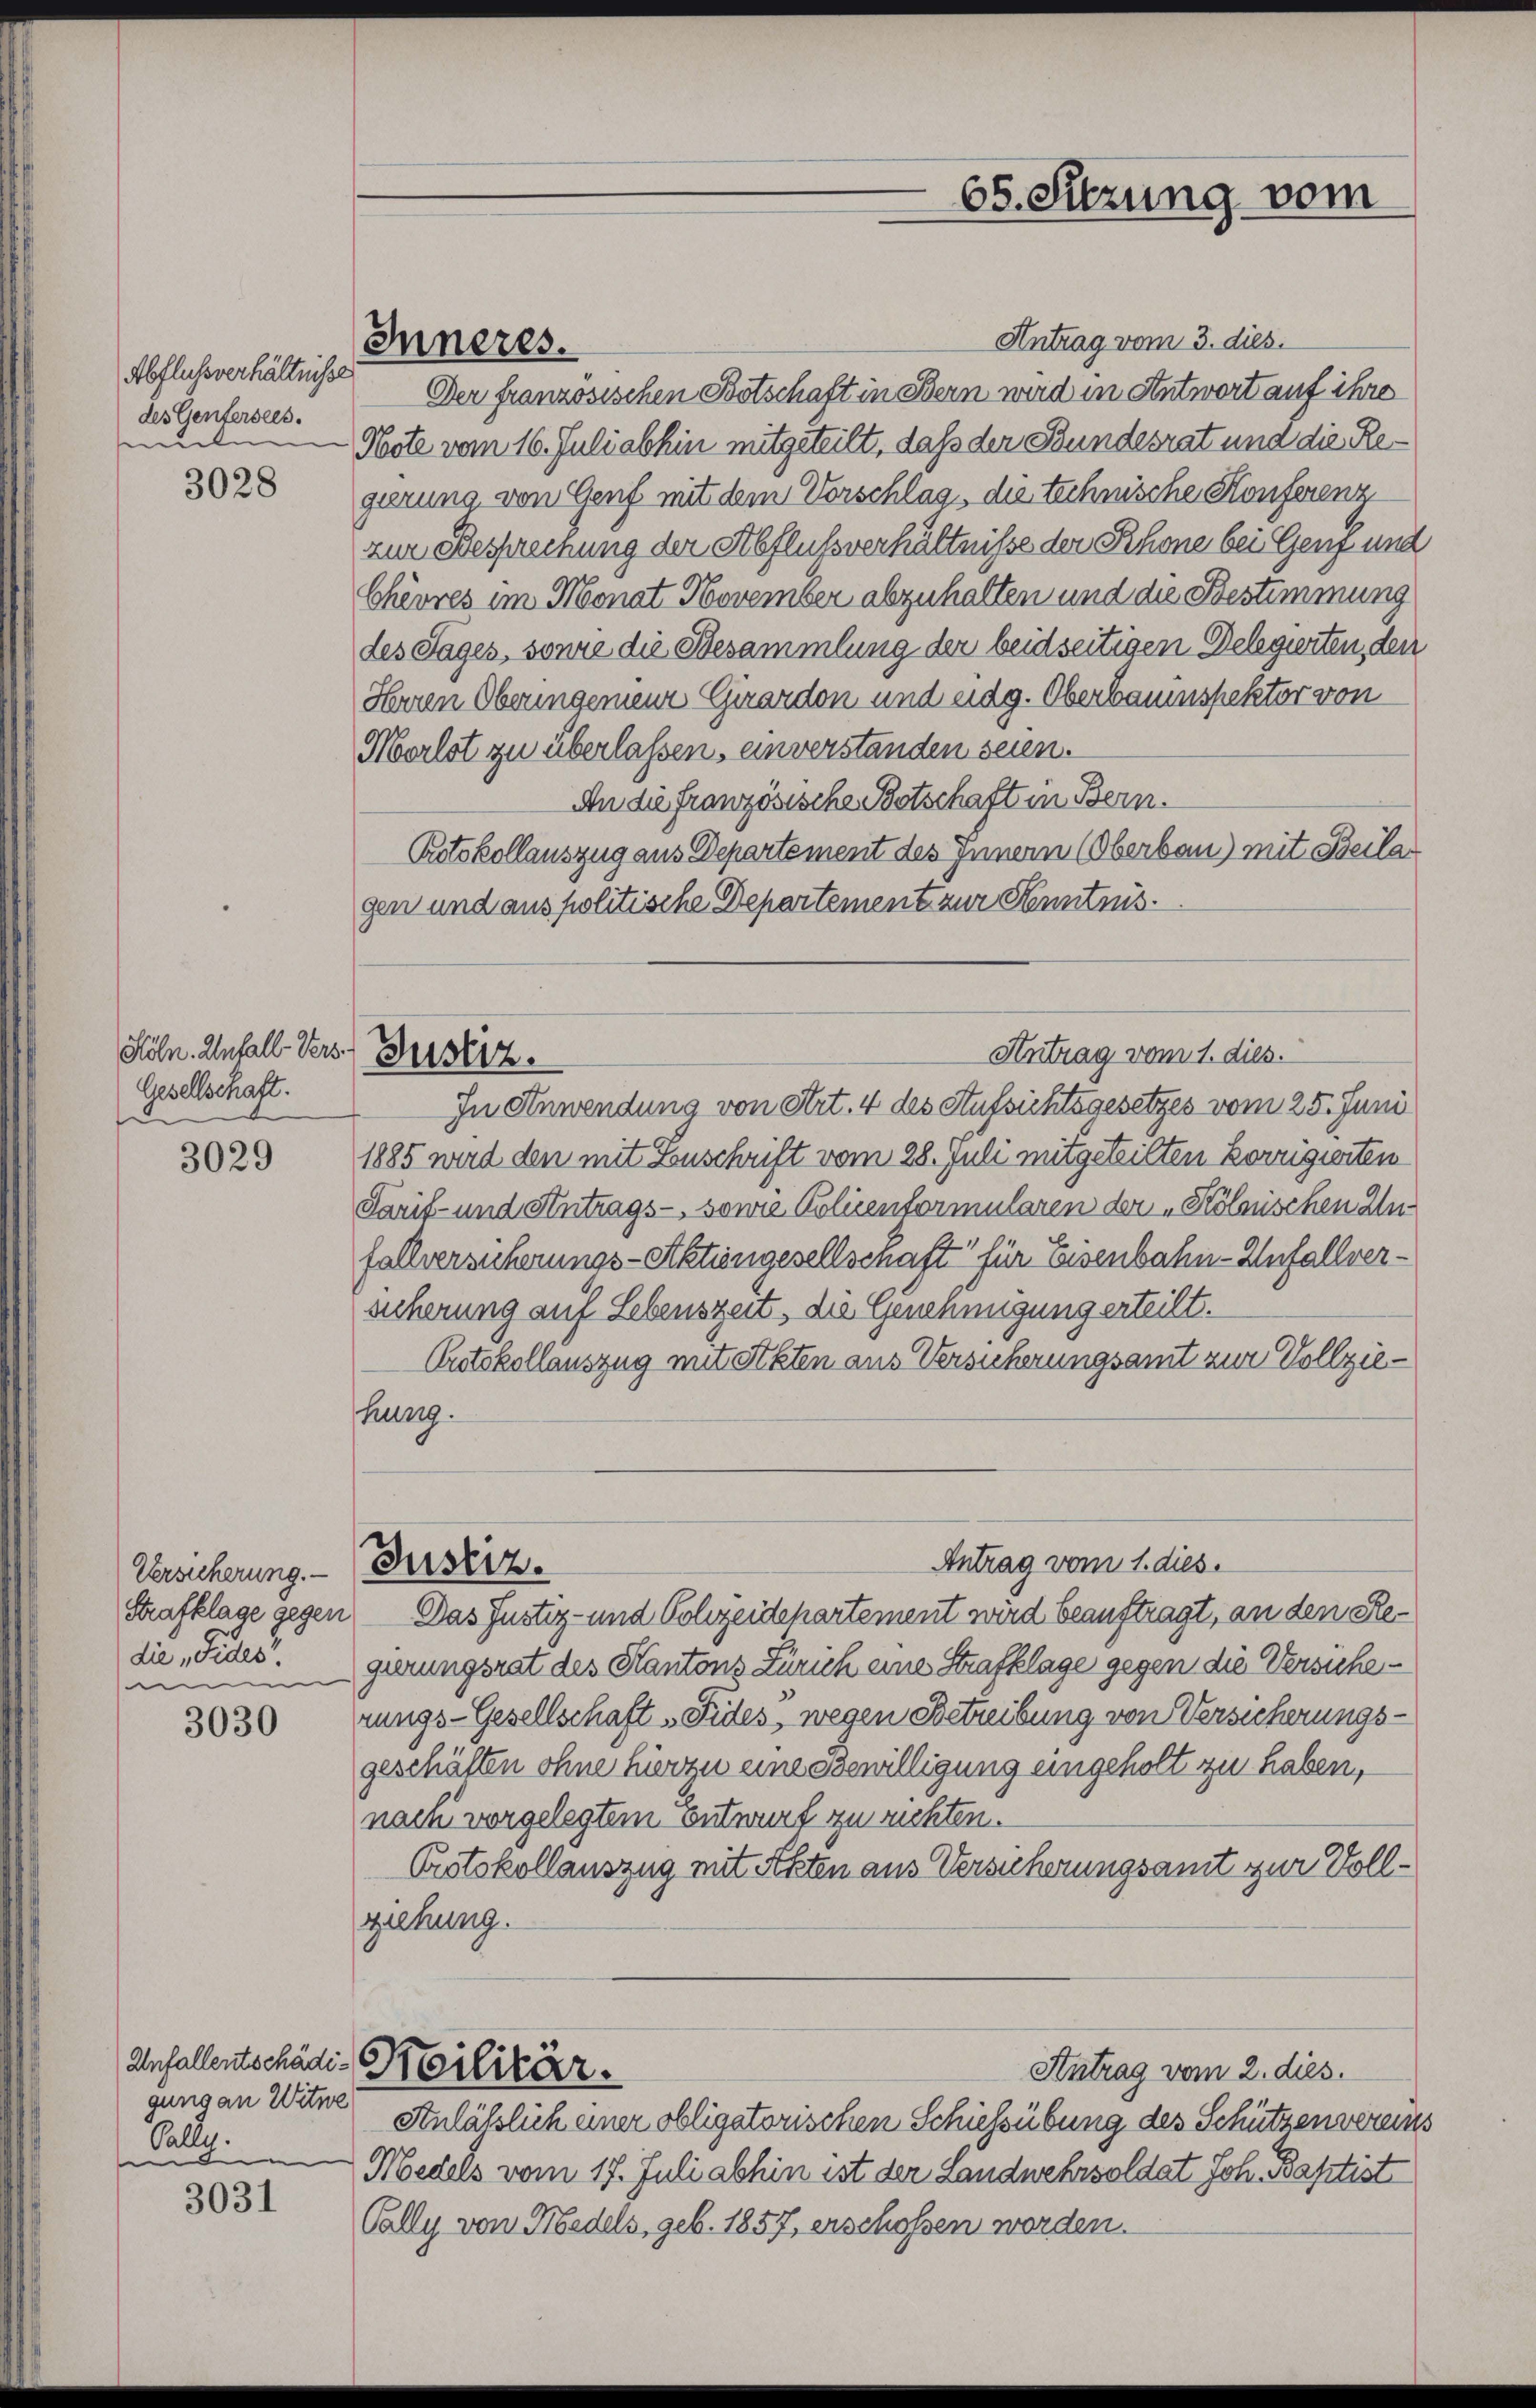
Abflussverhältnisse
des Gentersees.
malen

3028

Höln. Anfall Vers. Gustiz.
Gesellschaft.
2

3029

Versicherung. —
die „Fides.

3030

gung an Witwe
Salle.
d

3031

Inneres.

Antrag vom 3. dies.
Der französischen Botschaft in Bern wird in Antwort auf ihre
Note vom 16. Juli abhin mitgeteilt, daß der Bundesrat und die Regierung von Genf mit dem Vorschlag, die technische Konferenz
zur Besprechung der Abflußverhältnisse der Schone bei Genf und
Chèvres im Monat November abzuhalten und die Bestimmung
des Tages, sonne die Besammlung der beidseitigen Delegierten, den
Herren Oberingenieur Girardon und eidg. Oberbauinspektor von
Morlot zu überlassen, unverstanden seien.
An die französische Betschaft in Bern.
Protokollauszug aus Departement des Innern (Oberbau) mit Beila
gen und aus politische Departement zur Kenntnis¬
Antrag vom 1. dies.
In Anwendung von Art. 4 des Aufsichtsgesetzes vom 25. Juni
1885 wird den mit Zuschrift vom 28. Juli mitgeteilten korrigierten
Tarif- und Antrags- sowie Policentormularen der „Kölnischen Infallversicherungs-Aktiengesellschaft für Eisenbahn-Unfall(...)¬
sicherung auf Lebenszeit, die Genehmigung erteilt.
Protokollauszug mit Stkten aus Versicherungsamt zur Vollziehung.

Justiz.

Anfallentschädi-Militär.

Strafklage gegen Das Justiz- und Polizeidchartement wird beauftragt, an den Reingierungsrat des Kantons Zürich eine Strafklage gegen die Versicherungs-Gesellschaft „Fides, wegen Betreibung von Versicherungsgeschäften ohne hierzu eine Bewilligung eingeholt zu haben,
nach vorgelegtem Entwurf zu richten.
Protokollauszug mit Akten aus Versicherungsamt zur Vollziehung.

Antrag vom 1. dies.

65. Sitzung vom

Antrag vom 2. dies.
Anläßlich einer obligatorischen Schiessübung des Schützenvereins
Medels vom 17. Juli abhin ist der Landwehrsoldat Joh. Baptist
Vally von Medels, geb. 1857, erschossen worden.